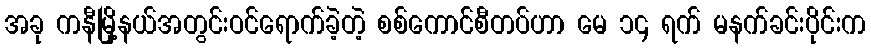
အခု ကနီမြို့နယ်အတွင်းဝင်ရောက်ခဲ့တဲ့ စစ်ကောင်စီတပ်ဟာ မေ ၁၄ ရက် မနက်ခင်းပိုင်းက